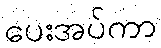
ပေးအပ်ကာ